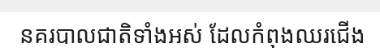
នគរបាលជាតិទាំងអស់ ដែលកំពុងឈរជើង